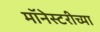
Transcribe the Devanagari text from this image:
मॉनेस्टरीच्या